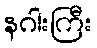
နဂါးကြီး